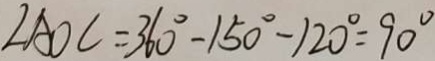
\angle A O C = 3 6 0 ^ { \circ } - 1 5 0 ^ { \circ } - 1 2 0 ^ { \circ } = 9 0 ^ { \circ }